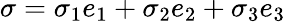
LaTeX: \sigma=\sigma_{1}e_{1}+\sigma_{2}e_{2}+\sigma_{3}e_{3}